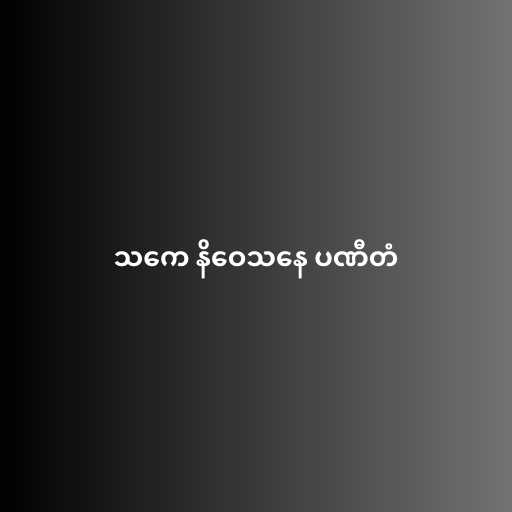
သကေ နိဝေသနေ ပဏီတံ